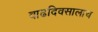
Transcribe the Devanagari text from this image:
वाढदिवसालाच